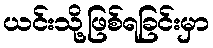
ယင်းသို့ဖြစ်ရခြင်းမှာ